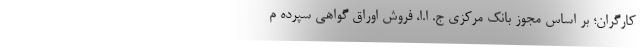
کارگران؛ بر اساس مجوز بانک مرکزی ج. ا.ا، فروش اوراق گواهی سپرده م